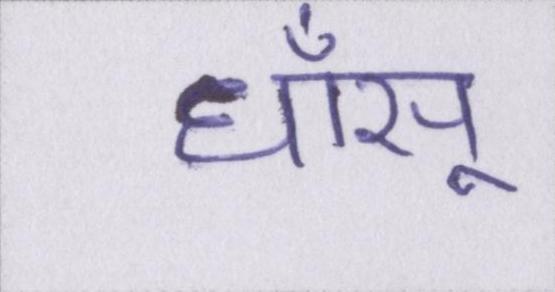
धाँसू